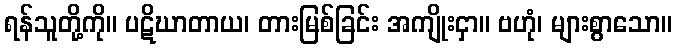
ရန်သူတို့ကို။ ပဋိဃာတာယ၊ တားမြစ်ခြင်း အကျိုးငှာ။ ဗဟုံ၊ များစွာသော။